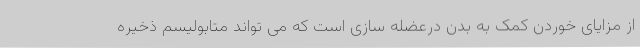
از مزایای خوردن کمک به بدن درعضله سازی است که می تواند متابولیسم ذخیره